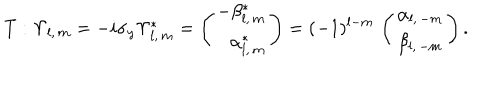
LaTeX: T : \Upsilon _ { l , \, m } = - i \sigma _ { y } \Upsilon _ { l , \, m } ^ { * } = \left( \begin{array} { r } { { - \beta _ { l , \, m } ^ { * } } } \\ { { \alpha _ { l , \, m } ^ { * } } } \\ \end{array} \right) = ( - 1 ) ^ { l - m } \, \left( \begin{array} { c } { { \alpha _ { l , \, - m } } } \\ { { \beta _ { l , \, - m } } } \\ \end{array} \right) .